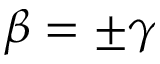
\beta = \pm \gamma